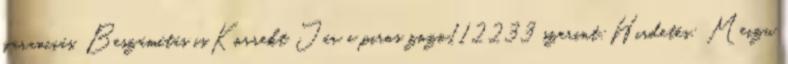
,garanciás. Beszámítás is.Korrekt Jár a piros zozo112233 szerint:Hirdetés: Meizu